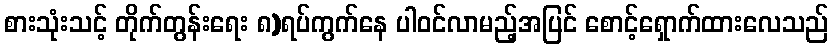
စားသုံးသင့် တိုက်တွန်းရေး ၈)ရပ်ကွက်နေ ပါဝင်လာမည့်အပြင် စောင့်ရှောက်ထားလေသည်